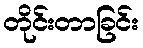
တိုင်းတာခြင်း